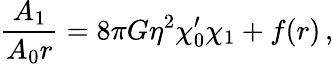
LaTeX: {\frac{A_{1}}{A_{0}r}}=8\pi G\eta^{2}\chi_{0}^{\prime}\chi_{1}+f(r)\, ,